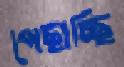
পেছাচ্ছি